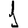
Digit: 1